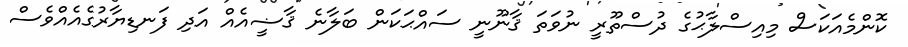
ކޮންމެއަކަސް މިއިސްލާޙުގެ ދުސްތޫރީ ނުވަތަ ޤާނޫނީ ސައްޙަކަން ބަލާނެ ޤާޟީއެއް އަދި ފަނޑިޔާރުގެއެއްވެސް